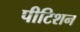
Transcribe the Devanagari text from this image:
पीटिशन